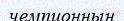
чемпионның